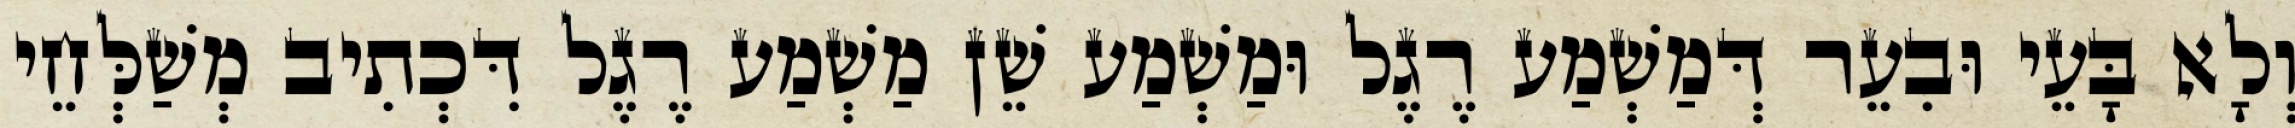
וְלָא בָּעֵי וּבִעֵר דְּמַשְׁמַע רֶגֶל וּמַשְׁמַע שֵׁן מַשְׁמַע רֶגֶל דִּכְתִיב מְשַׁלְּחֵי